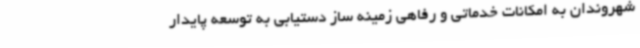
شهروندان به امکانات خدماتی و رفاهی زمینه ساز دستیابی به توسعه پایدار